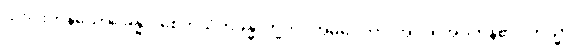
သုံးပါးကုန်သော။ ခန္ဓာ၊ စေတသိက်ခန္ဓာတို့ကို။ အဓိပ္ပေတာ၊ အလိုရှိအပ်ကုန်၏။ တသ္မာ၊